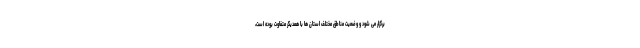
برگزار می شود و وضعیت مناطق مختلف استان ها با همدیگر متفاوت بوده است،